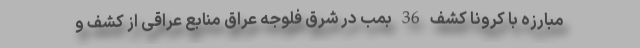
مبارزه با کرونا کشف 36 بمب در شرق فلوجه عراق منابع عراقی از کشف و